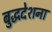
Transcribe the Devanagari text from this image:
बुद्धदेशना